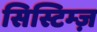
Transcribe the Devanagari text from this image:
सिस्टिम्ज़